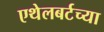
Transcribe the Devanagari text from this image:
एथेलबर्टच्या